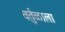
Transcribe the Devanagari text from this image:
वर्तुळाला